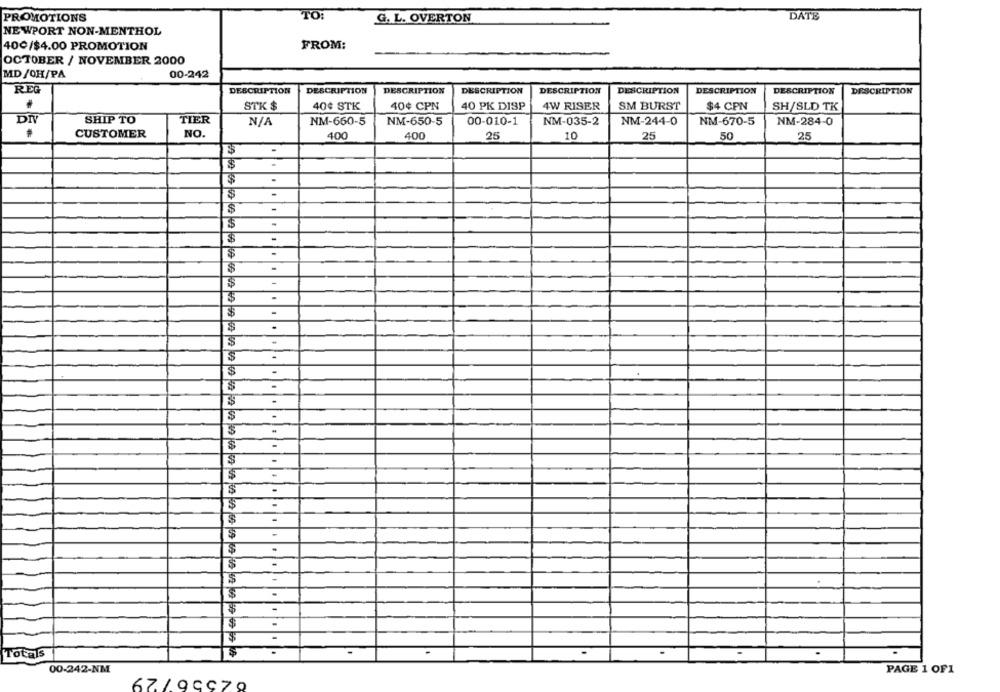
PROMOTIONS
TO:
G. L. OVERTON
DATE
NEWPORT NON-MENTHOL
400/$4.00 PROMOTION
FROM:
OCTOBER / NOVEMBER 2000
MD /OH/PA
00-242
REG
DESCRIPTION
DESCRIPTION
DESCRIPTION
DESCRIPTION
DESCRIPTION
DESCRIPTION
DESCRIPTION
DESCRIPTION
DESCRIPTION
STK $
40¢ STK
40¢ CPN
40 PK DISP
4W RISER
SM BURST
$4 CPN
SH/SLD TK
DIV
SHIP TO
TIER
NM-660-5
NM-650-5
00-010-1
NM-035-2
NM-244-0
NM-670-5
NM-284-0
CUSTOMER
NO.
400
400
25
10
25
50
25
.
$
3
-
$
3
-
3
.
.
$
$
$
3
.
35
$
-
Totals
00-242-NM
PAGE 1 OF1
67 1.99970